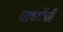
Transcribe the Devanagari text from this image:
पाध्येंची